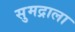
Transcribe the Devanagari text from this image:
सुमद्राला